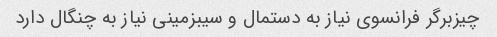
چیزبرگر فرانسوی نیاز به دستمال و سیبزمینی نیاز به چنگال دارد